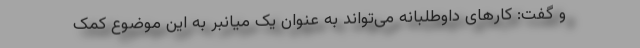
و گفت: کارهای داوطلبانه می‌تواند به عنوان یک میانبر به این موضوع کمک